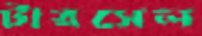
টারসেল